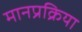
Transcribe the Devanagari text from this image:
मानप्रक्रिया